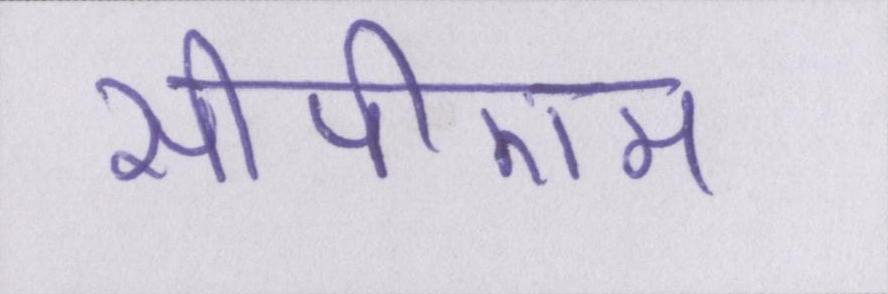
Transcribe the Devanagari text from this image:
सीपीएम